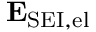
\mathbf { E } _ { \mathrm { S E I , e l } }